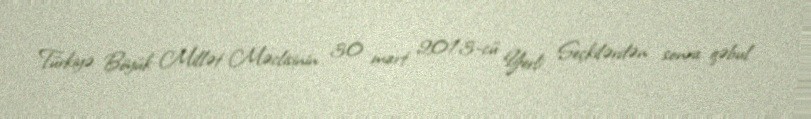
Türkiyə Böyük Millət Məclisinin 30 mart 2013-cü Yerli Seçkilərdən sonra qəbul